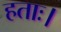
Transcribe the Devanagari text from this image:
हताः।